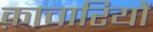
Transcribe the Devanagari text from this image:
क़ाचारियों